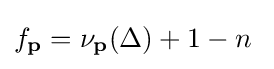
f_{\mathbf {p} }=\nu _{\mathbf {p} }(\Delta )+1-n\